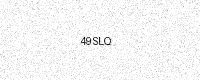
Text: 49SLQ